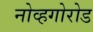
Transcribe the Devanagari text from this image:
नोव्हगोरोड